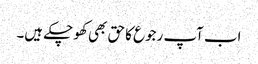
اب آپ رجوع کا حق بھی کھو چکے ہیں۔